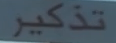
تذكر